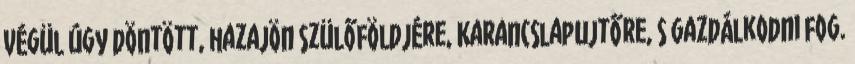
Végül úgy döntött, hazajön szülőföldjére, Karancslapujtőre, s gazdálkodni fog.